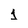
Character: 1